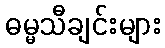
ဓမ္မသီချင်းများ